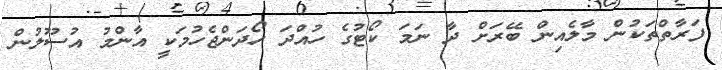
ފަރާތްތަކުން މާލެއިން ބޭރަށް ދާ ނަމަ ކޯޓުގެ ހުއްދަ ހޯދަންޖެހުމަކީ އާންމު އުސޫލުން